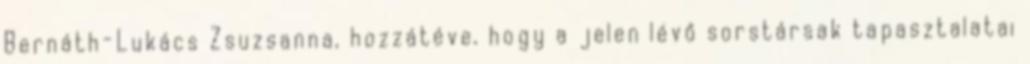
Bernáth-Lukács Zsuzsanna, hozzátéve, hogy a jelen lévő sorstársak tapasztalatai